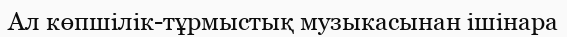
Ал көпшілік-тұрмыстық музыкасынан ішінара